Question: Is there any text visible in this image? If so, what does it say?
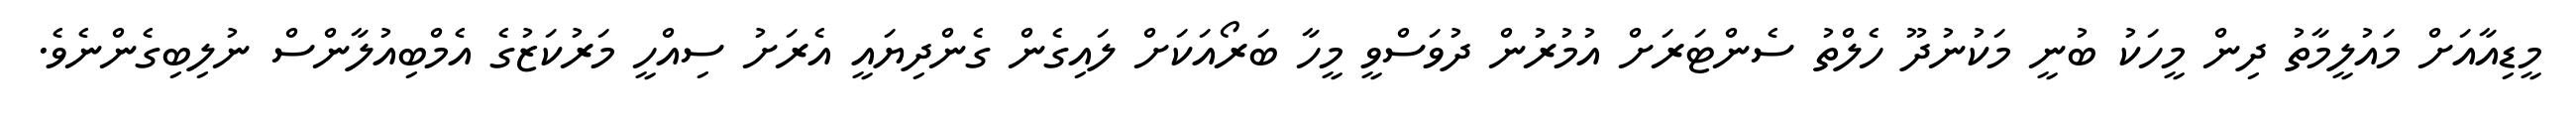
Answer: މީޑިއާއަށް މައުލީމާތު ދިން މީހަކު ބުނީ މަކުނުދޫ ހެލްތު ސެންޓަރަށް އުމުރުން ދުވަސްވީ މީހާ ބަރޯއަކަށް ލައިގެން ގެންދިޔައީ އެރަށު ސިއްހީ މަރުކަޒުގެ އެމްބިއުލާންސް ނުލިބިގެންނެވެ.